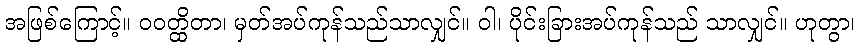
အဖြစ်ကြောင့်။ ဝဝတ္ထိတာ၊ မှတ်အပ်ကုန်သည်သာလျှင်။ ဝါ၊ ပိုင်းခြားအပ်ကုန်သည် သာလျှင်။ ဟုတွာ၊